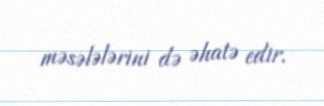
məsələlərini də əhatə edir.